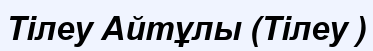
Тілеу Айтұлы (Тілеу )